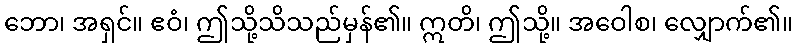
ဘော၊ အရှင်။ ဧဝံ၊ ဤသို့သိသည်မှန်၏။ ဣတိ၊ ဤသို့။ အဝေါစ၊ လျှောက်၏။